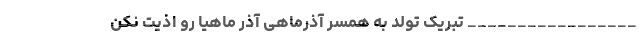
_________________ تبریک تولد به همسر آذرماهی آذر ماهیا رو اذیت نکن